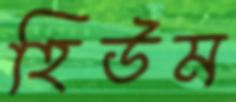
হিউম